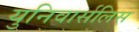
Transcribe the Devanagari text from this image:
युनिवार्सलिस